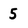
Character: 5